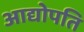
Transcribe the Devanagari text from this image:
आद्योपति